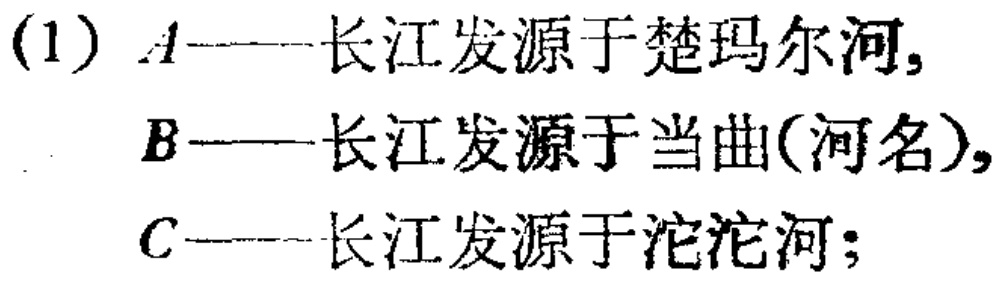
(1) \(A\)——长江发源于楚玛尔河,

\(B\)——长江发源于当曲(河名),

\(C\)——长江发源于沱沱河;